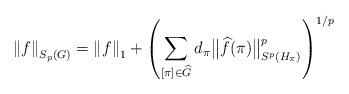
LaTeX: \begin{align*}\left\Vert f \right\Vert_{S_p(G)}=\left\Vert f \right\Vert_1 +\left(\sum_{[\pi]\in\widehat{G}} d_\pi\bigl\Vert \widehat{f}(\pi)\bigr\Vert_{S^p(H_\pi)}^p\right)^{1/p}\end{align*}